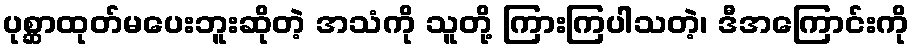
ပုစ္ဆာထုတ်မပေးဘူးဆိုတဲ့ အသံကို သူတို့ ကြားကြပါသတဲ့၊ ဒီအကြောင်းကို